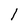
Character: 1